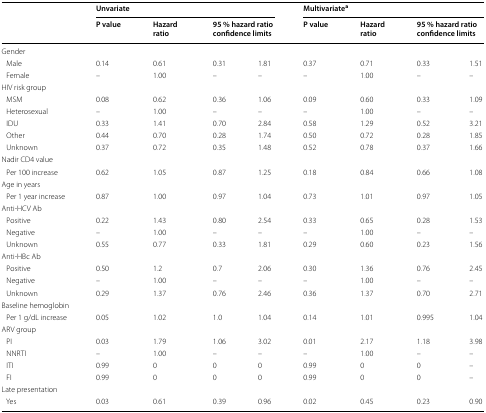
<table><thead><tr><td rowspan="2"></td><td colspan="4"><b>Unvariate</b></td><td colspan="4"><b>Multivariate<sup>a</sup></b></td></tr><tr><td><b>P value</b></td><td><b>Hazard ratio</b></td><td colspan="2"><b>95 % hazard ratio confidence limits</b></td><td><b>P value</b></td><td><b>Hazard ratio</b></td><td colspan="2"><b>95 % hazard ratio confidence limits</b></td></tr></thead><tbody><tr><td colspan="9">Gender</td></tr><tr><td> Male</td><td>0.14</td><td>0.61</td><td>0.31</td><td>1.81</td><td>0.37</td><td>0.71</td><td>0.33</td><td>1.51</td></tr><tr><td> Female</td><td>–</td><td>1.00</td><td>–</td><td>–</td><td>–</td><td>1.00</td><td>–</td><td>–</td></tr><tr><td colspan="9">HIV risk group</td></tr><tr><td> MSM</td><td>0.08</td><td>0.62</td><td>0.36</td><td>1.06</td><td>0.09</td><td>0.60</td><td>0.33</td><td>1.09</td></tr><tr><td> Heterosexual</td><td>–</td><td>1.00</td><td>–</td><td>–</td><td>–</td><td>1.00</td><td>–</td><td>–</td></tr><tr><td> IDU</td><td>0.33</td><td>1.41</td><td>0.70</td><td>2.84</td><td>0.58</td><td>1.29</td><td>0.52</td><td>3.21</td></tr><tr><td> Other</td><td>0.44</td><td>0.70</td><td>0.28</td><td>1.74</td><td>0.50</td><td>0.72</td><td>0.28</td><td>1.85</td></tr><tr><td> Unknown</td><td>0.37</td><td>0.72</td><td>0.35</td><td>1.48</td><td>0.52</td><td>0.78</td><td>0.37</td><td>1.66</td></tr><tr><td colspan="9">Nadir CD4 value</td></tr><tr><td> Per 100 increase</td><td>0.62</td><td>1.05</td><td>0.87</td><td>1.25</td><td>0.18</td><td>0.84</td><td>0.66</td><td>1.08</td></tr><tr><td colspan="9">Age in years</td></tr><tr><td> Per 1 year increase</td><td>0.87</td><td>1.00</td><td>0.97</td><td>1.04</td><td>0.73</td><td>1.01</td><td>0.97</td><td>1.05</td></tr><tr><td colspan="9">Anti-HCV Ab</td></tr><tr><td> Positive</td><td>0.22</td><td>1.43</td><td>0.80</td><td>2.54</td><td>0.33</td><td>0.65</td><td>0.28</td><td>1.53</td></tr><tr><td> Negative</td><td>–</td><td>1.00</td><td>–</td><td>–</td><td>–</td><td>1.00</td><td>–</td><td>–</td></tr><tr><td> Unknown</td><td>0.55</td><td>0.77</td><td>0.33</td><td>1.81</td><td>0.29</td><td>0.60</td><td>0.23</td><td>1.56</td></tr><tr><td colspan="9">Anti-HBc Ab</td></tr><tr><td> Positive</td><td>0.50</td><td>1.2</td><td>0.7</td><td>2.06</td><td>0.30</td><td>1.36</td><td>0.76</td><td>2.45</td></tr><tr><td> Negative</td><td>–</td><td>1.00</td><td>–</td><td>–</td><td>–</td><td>1.00</td><td>–</td><td>–</td></tr><tr><td> Unknown</td><td>0.29</td><td>1.37</td><td>0.76</td><td>2.46</td><td>0.36</td><td>1.37</td><td>0.70</td><td>2.71</td></tr><tr><td colspan="9">Baseline hemoglobin</td></tr><tr><td> Per 1 g/dL increase</td><td>0.05</td><td>1.02</td><td>1.0</td><td>1.04</td><td>0.14</td><td>1.01</td><td>0.995</td><td>1.04</td></tr><tr><td colspan="9">ARV group</td></tr><tr><td> PI</td><td>0.03</td><td>1.79</td><td>1.06</td><td>3.02</td><td>0.01</td><td>2.17</td><td>1.18</td><td>3.98</td></tr><tr><td> NNRTI</td><td>–</td><td>1.00</td><td>–</td><td>–</td><td>–</td><td>1.00</td><td>–</td><td>–</td></tr><tr><td> ITI</td><td>0.99</td><td>0</td><td>0</td><td>0</td><td>0.99</td><td>0</td><td>0</td><td>–</td></tr><tr><td> FI</td><td>0.99</td><td>0</td><td>0</td><td>0</td><td>0.99</td><td>0</td><td>0</td><td>–</td></tr><tr><td colspan="9">Late presentation</td></tr><tr><td> Yes</td><td>0.03</td><td>0.61</td><td>0.39</td><td>0.96</td><td>0.02</td><td>0.45</td><td>0.23</td><td>0.90</td></tr></tbody></table>